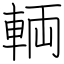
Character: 輌